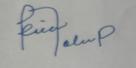
Signature authenticity: forged